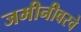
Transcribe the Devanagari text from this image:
जमीनीवरचे